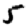
Digit: 5